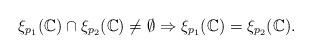
LaTeX: \begin{align*}\xi_{p_1}(\mathbb C)\cap\xi_{p_2}(\mathbb C)\neq \emptyset\Rightarrow\xi_{p_1}(\mathbb C)=\xi_{p_2}(\mathbb C).\end{align*}